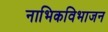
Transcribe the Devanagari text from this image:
नाभिकविभाजन